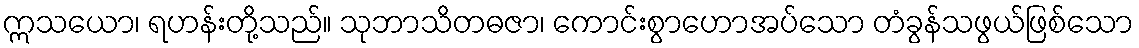
ဣသယော၊ ရဟန်းတို့သည်။ သုဘာသိတဓဇာ၊ ကောင်းစွာဟောအပ်သော တံခွန်သဖွယ်ဖြစ်သော